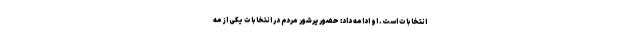
انتخابات است. او ادامه داد: حضور پرشور مردم در انتخابات یکی از مه